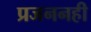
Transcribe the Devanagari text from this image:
प्रजननही